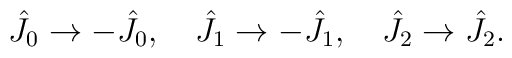
\hat{J}_0\rightarrow -\hat{J}_0,\quad\hat{J}_1\rightarrow -\hat{J}_1,\quad\hat{J}_2\rightarrow \hat{J}_2.